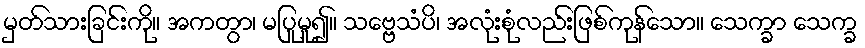
မှတ်သားခြင်းကို။ အကတွာ၊ မပြုမူ၍။ သဗ္ဗေသံပိ၊ အလုံးစုံလည်းဖြစ်ကုန်သော။ သေက္ခာ သေက္ခ